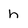
Character: h